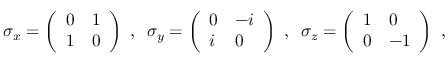
\begin{array} { r } { \sigma _ { x } = \left( \begin{array} { l l } { 0 } & { 1 } \\ { 1 } & { 0 } \end{array} \right) \textrm { , } \ \sigma _ { y } = \left( \begin{array} { l l } { 0 } & { - i } \\ { i } & { 0 } \end{array} \right) \textrm { , } \ \sigma _ { z } = \left( \begin{array} { l l } { 1 } & { 0 } \\ { 0 } & { - 1 } \end{array} \right) \textrm { , } \ } \end{array}